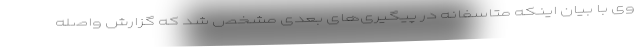
وی با بیان اینکه متاسفانه در پیگیری‌های بعدی مشخص شد که گزارش واصله